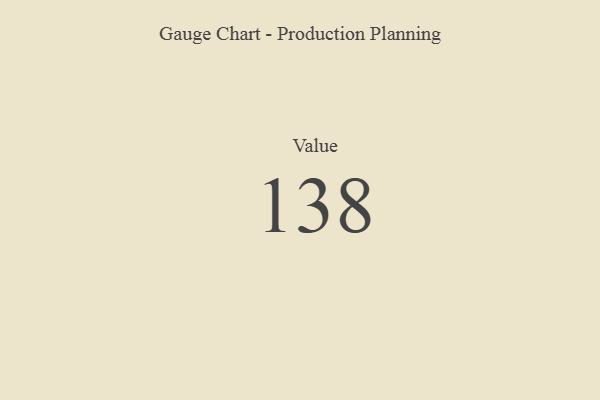
{"axis": {"x": "Metric", "y": "Value"}, "legend": [""], "data": [{"x": "Value", "y": 138, "type": ""}]}